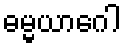
ဓမ္မယာဂေါ